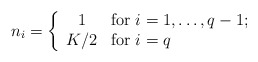
\begin{align*}n_i = \left\{ \begin{array}{cl} 1 & \mbox{for $i=1,\dots,q-1;$} \\ K/2 & \mbox{for $i=q$} \end{array} \right.\end{align*}